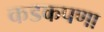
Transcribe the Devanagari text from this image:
कडकपणा